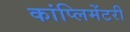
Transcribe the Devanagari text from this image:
कांप्लिमेंटरी